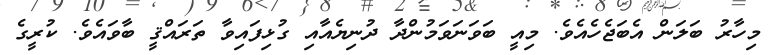
މިހާރު ބަލަން އެބަޖެހެއެވެ. މިއީ ބަވަނަވަމުންދާ ދުނިޔެއާއި ގުޅިފައިވާ ތަރައްޤީ ބާވައެވެ. ކުރީގެ